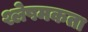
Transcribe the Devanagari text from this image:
श्लेषमकता